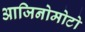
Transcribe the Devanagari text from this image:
आजिनोमोटो